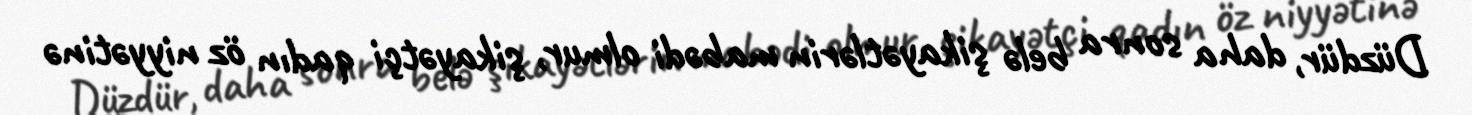
Düzdür, daha sonra belə şikayətlərin mabədi olmur, şikayətçi qadın öz niyyətinə